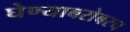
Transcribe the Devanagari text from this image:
घेण्याबरोबरच